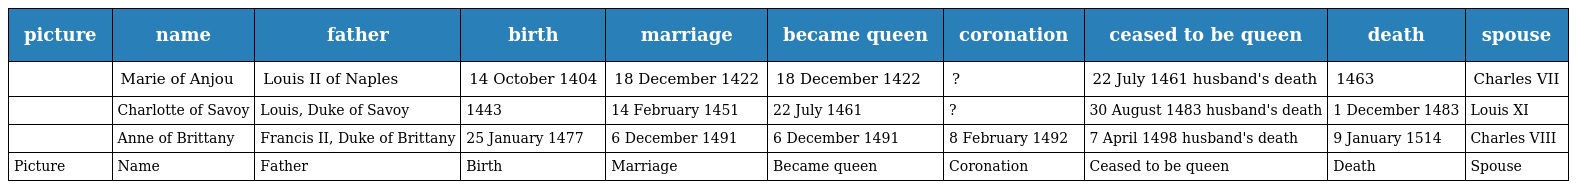
| picture | name | father | birth | marriage | became queen | coronation | ceased to be queen | death | spouse |
 | --- | --- | --- | --- | --- | --- | --- | --- | --- | --- |
 |  | Marie of Anjou | Louis II of Naples | 14 October 1404 | 18 December 1422 | 18 December 1422 | ? | 22 July 1461 husband's death | 1463 | Charles VII |
 |  | Charlotte of Savoy | Louis, Duke of Savoy | 1443 | 14 February 1451 | 22 July 1461 | ? | 30 August 1483 husband's death | 1 December 1483 | Louis XI |
 |  | Anne of Brittany | Francis II, Duke of Brittany | 25 January 1477 | 6 December 1491 | 6 December 1491 | 8 February 1492 | 7 April 1498 husband's death | 9 January 1514 | Charles VIII |
 | Picture | Name | Father | Birth | Marriage | Became queen | Coronation | Ceased to be queen | Death | Spouse |